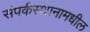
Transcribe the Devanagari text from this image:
संपर्कस्थानामधील